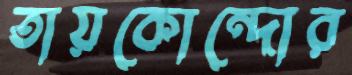
তায়কোন্দোর